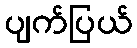
ပျက်ပြယ်